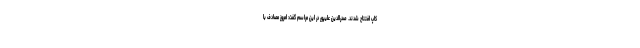
کاپ افتتاح شدند. صدرالدین علیپور در این مراسم گفت: امروز مصادف با